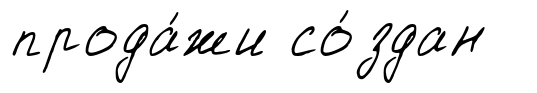
прода́жи со́здан